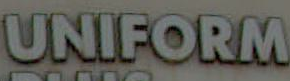
UNIFORM